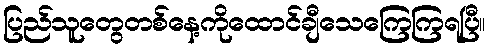
ပြည်သူတွေတစ်နေ့ကိုထောင်ချီသေကြေကြရပြီ။